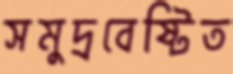
সমুদ্রবেষ্টিত